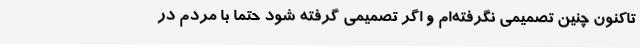
تاکنون چنین تصمیمی نگرفته‌ام و اگر تصمیمی گرفته شود حتما با مردم در